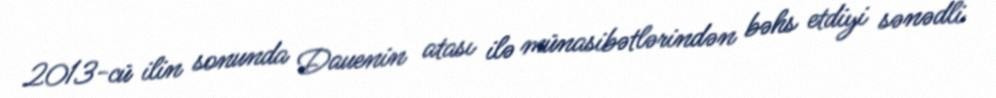
2013-cü ilin sonunda Dauenin atası ilə münasibətlərindən bəhs etdiyi sənədli